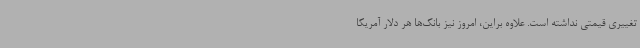
تغییری قیمتی نداشته است. علاوه براین، امروز نیز بانک‌ها هر دلار آمریکا